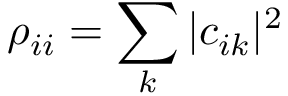
\rho _ { i i } = \sum _ { k } | c _ { i k } | ^ { 2 }